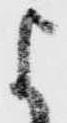
よ